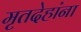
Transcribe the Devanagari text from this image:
मृतदेहांना